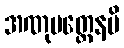
အဏုမတ္တေနပိ